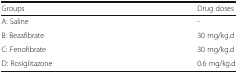
<table><thead><tr><td><b>Groups</b></td><td><b>Drug doses</b></td></tr></thead><tbody><tr><td>A: Saline</td><td>-</td></tr><tr><td>B: Bezafibrate</td><td>30 mg/kg.d</td></tr><tr><td>C: Fenofibrate</td><td>30 mg/kg.d</td></tr><tr><td>D: Rosiglitazone</td><td>0.6 mg/kg.d</td></tr></tbody></table>